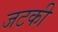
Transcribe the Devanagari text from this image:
जटकी